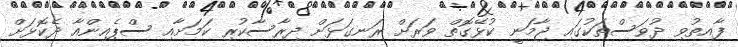
ފާއިތުވި ދުވަސްތަކުގައި ޖާމަނީ ކުޅޭގޮތް ވަރަށް ރަނގަޅަށް ދިރާސާކުރި ކަމަށާއި ސްޕެއިންއާ ދެކޮޅަށް